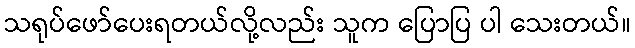
သရုပ်ဖော်ပေးရတယ်လို့လည်း သူက ပြောပြ ပါ သေးတယ်။